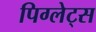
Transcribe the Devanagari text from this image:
पिग्लेट्स